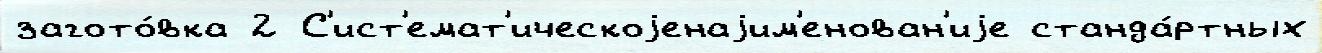
загото́вка 2 С'ист'емат'ическоjенаjим'енован'иjе станда́ртных